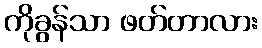
ကိုခွန်သာ ဖတ်တာလား